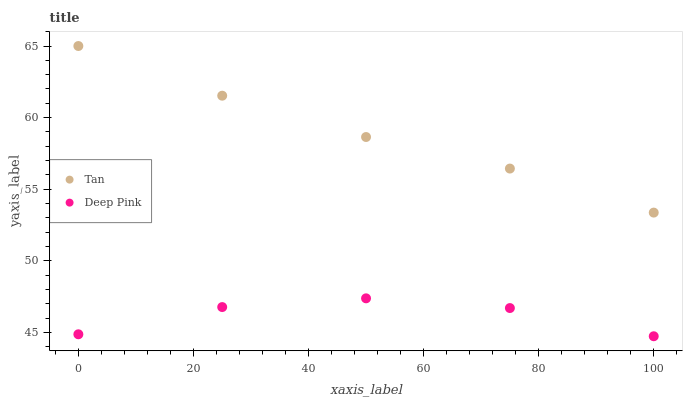
| xaxis_label | Tan | Deep Pink |
 | --- | --- | --- |
 | 0 | 65 | 44.9 |
 | 25 | 61.5 | 46.8 |
 | 50 | 58.6 | 47.4 |
 | 75 | 56.4 | 46.7 |
 | 100 | 53.4 | 44.7 |